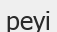
реуі